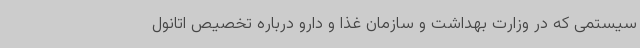
سیستمی که در وزارت بهداشت و سازمان غذا و دارو درباره تخصیص اتانول